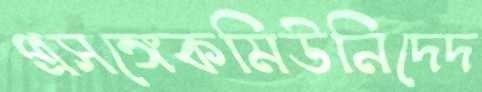
প্রসঙ্গেকমিউনিদেদ